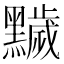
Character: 𪒩